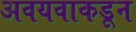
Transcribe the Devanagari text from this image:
अवयवाकडून